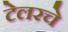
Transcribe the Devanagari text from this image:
टेलरचे